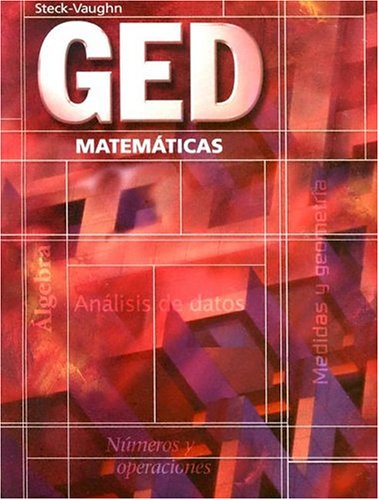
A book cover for GED Matematicas  (Spanish) (Spanish Edition); Steck-Vaughn Company; Test Preparation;